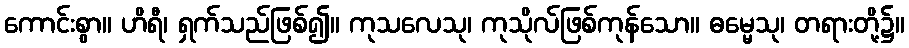
ကောင်းစွာ။ ဟိရီ၊ ရှက်သည်ဖြစ်၍။ ကုသလေသု၊ ကုသိုလ်ဖြစ်ကုန်သော။ ဓမ္မေသု၊ တရားတို့၌။